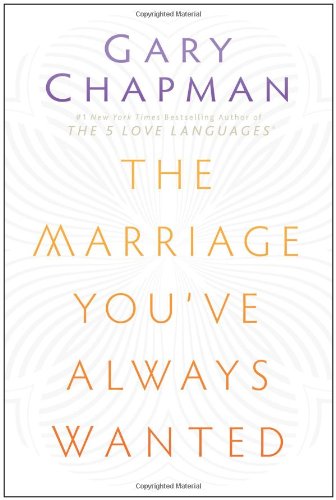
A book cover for The Marriage You've Always Wanted; Gary D Chapman; Christian Books & Bibles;